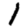
Digit: 1